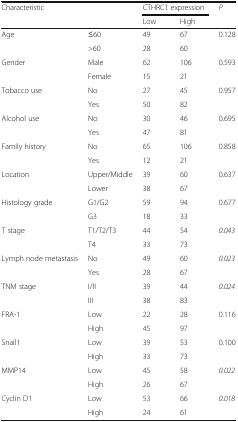
<table><thead><tr><td rowspan="2"><b>Characteristic</b></td><td rowspan="2"></td><td colspan="2"><b>CTHRC1 expression</b></td><td rowspan="2"><b><i>P</i></b></td></tr><tr><td><b>Low</b></td><td><b>High</b></td></tr></thead><tbody><tr><td rowspan="2">Age</td><td>≤60</td><td>49</td><td>67</td><td rowspan="2">0.128</td></tr><tr><td>&gt;60</td><td>28</td><td>60</td></tr><tr><td rowspan="2">Gender</td><td>Male</td><td>62</td><td>106</td><td rowspan="2">0.593</td></tr><tr><td>Female</td><td>15</td><td>21</td></tr><tr><td rowspan="2">Tobacco use</td><td>No</td><td>27</td><td>45</td><td rowspan="2">0.957</td></tr><tr><td>Yes</td><td>50</td><td>82</td></tr><tr><td rowspan="2">Alcohol use</td><td>No</td><td>30</td><td>46</td><td rowspan="2">0.695</td></tr><tr><td>Yes</td><td>47</td><td>81</td></tr><tr><td rowspan="2">Family history</td><td>No</td><td>65</td><td>106</td><td rowspan="2">0.858</td></tr><tr><td>Yes</td><td>12</td><td>21</td></tr><tr><td rowspan="2">Location</td><td>Upper/Middle</td><td>39</td><td>60</td><td rowspan="2">0.637</td></tr><tr><td>Lower</td><td>38</td><td>67</td></tr><tr><td rowspan="2">Histology grade</td><td>G1/G2</td><td>59</td><td>94</td><td rowspan="2">0.677</td></tr><tr><td>G3</td><td>18</td><td>33</td></tr><tr><td rowspan="2">T stage</td><td>T1/T2/T3</td><td>44</td><td>54</td><td rowspan="2"><i>0.043</i></td></tr><tr><td>T4</td><td>33</td><td>73</td></tr><tr><td rowspan="2">Lymph node metastasis</td><td>No</td><td>49</td><td>60</td><td rowspan="2"><i>0.023</i></td></tr><tr><td>Yes</td><td>28</td><td>67</td></tr><tr><td rowspan="2">TNM stage</td><td>I/II</td><td>39</td><td>44</td><td rowspan="2"><i>0.024</i></td></tr><tr><td>III</td><td>38</td><td>83</td></tr><tr><td rowspan="2">FRA-1</td><td>Low</td><td>22</td><td>28</td><td rowspan="2">0.116</td></tr><tr><td>High</td><td>45</td><td>97</td></tr><tr><td rowspan="2">Snail1</td><td>Low</td><td>39</td><td>53</td><td rowspan="2">0.100</td></tr><tr><td>High</td><td>33</td><td>73</td></tr><tr><td rowspan="2">MMP14</td><td>Low</td><td>45</td><td>58</td><td rowspan="2"><i>0.022</i></td></tr><tr><td>High</td><td>26</td><td>67</td></tr><tr><td rowspan="2">Cyclin D1</td><td>Low</td><td>53</td><td>66</td><td rowspan="2"><i>0.018</i></td></tr><tr><td>High</td><td>24</td><td>61</td></tr></tbody></table>